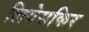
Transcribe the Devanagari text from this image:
लियेसकिर